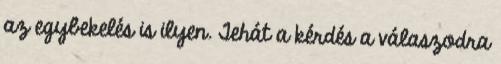
az egybekelés is ilyen. Tehát a kérdés a válaszodra